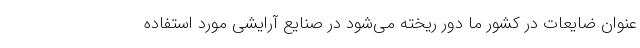
عنوان ضایعات در کشور ما دور ریخته می‌شود در صنایع آرایشی مورد استفاده